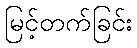
မြင့်တက်ခြင်း